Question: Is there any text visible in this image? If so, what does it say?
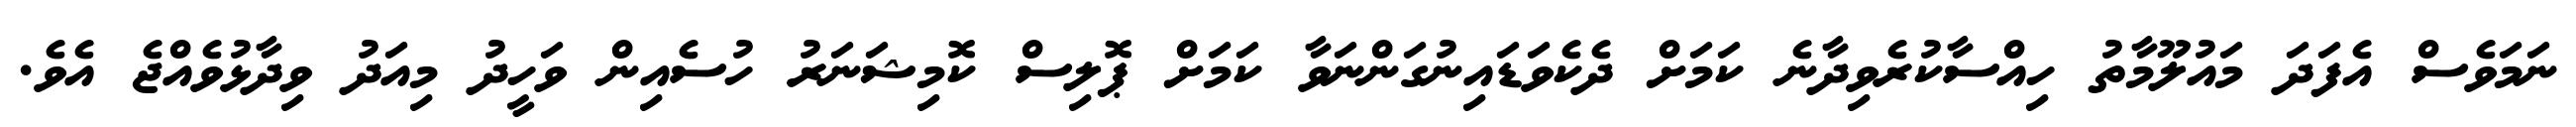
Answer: ނަމަވެސް އެފަދަ މައުލޫމާތު ހިއްސާކުރެވިދާނެ ކަމަށް ދެކެވަޑައިނުގަންނަވާ ކަމަށް ޕޮލިސް ކޮމިޝަނަރު ހުސެއިން ވަހީދު މިއަދު ވިދާޅުވެއްޖެ އެވެ.